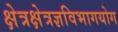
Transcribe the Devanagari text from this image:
क्षेत्रक्षेत्रज्ञविभागयोग